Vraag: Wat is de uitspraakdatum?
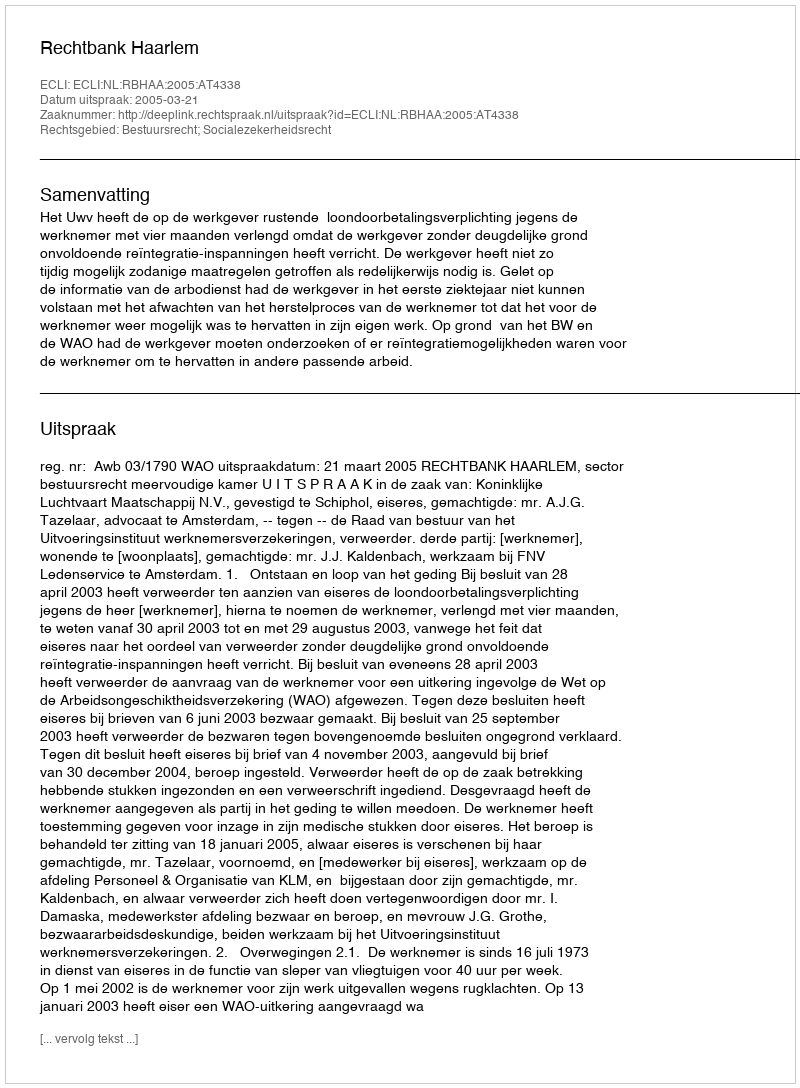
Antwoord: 2005-03-21